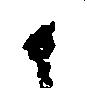
候